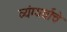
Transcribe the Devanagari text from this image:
व्यंग्यर्थाचे